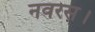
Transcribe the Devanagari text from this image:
नवरस।